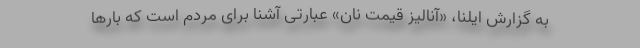
به گزارش ایلنا، «آنالیز قیمت نان» عبارتی آشنا برای مردم است که بارها